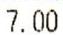
7.00